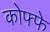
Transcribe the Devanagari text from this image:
कोफ्फे